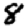
Digit: 8